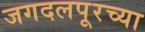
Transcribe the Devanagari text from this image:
जगदलपूरच्या